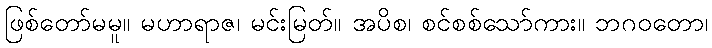
ဖြစ်တော်မမူ။ မဟာရာဇ၊ မင်းမြတ်။ အပိစ၊ စင်စစ်သော်ကား။ ဘဂဝတော၊